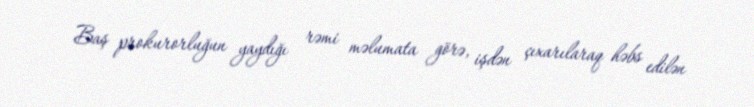
Baş prokurorluğun yaydığı rəmi məlumata görə, işdən çıxarılaraq həbs edilən